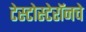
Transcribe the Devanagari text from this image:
टेस्टोस्टेरॉनचे